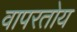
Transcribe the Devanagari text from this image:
वापरतोय